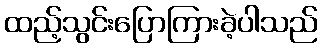
ထည့်သွင်းပြောကြားခဲ့ပါသည်